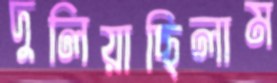
দুলিয়াছিলাম